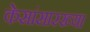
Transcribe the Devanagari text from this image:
केसांसारख्या